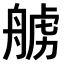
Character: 𫇛